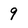
Character: q